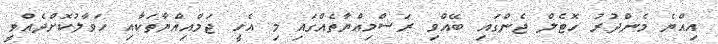
އިއްޔެ މެންދުރު ހޮޓެލް ޖެންގައި ބޭއްވި ރަސްމިއްޔާތެއްގައި މި އެހީ ޖަމްއިއްޔާތަކާއި ހަވާލުކޮށްދެއްވީ